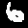
Digit: 6